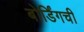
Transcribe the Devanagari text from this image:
बोर्डिंगची